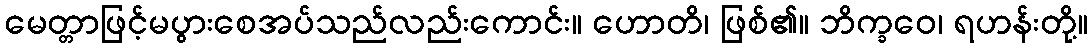
မေတ္တာဖြင့်မပွားစေအပ်သည်လည်းကောင်း။ ဟောတိ၊ ဖြစ်၏။ ဘိက္ခဝေ၊ ရဟန်းတို့။